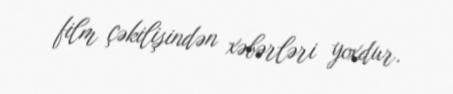
film çəkilişindən xəbərləri yoxdur.